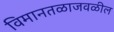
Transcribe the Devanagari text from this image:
विमानतळाजवळील